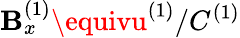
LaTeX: \mathbf{B}_{x}^{(1)}\equivu^{(1)}/C^{(1)}